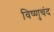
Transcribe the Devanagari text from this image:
विष्णुचंद